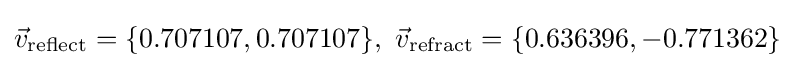
{\vec {v}}_{\mathrm {reflect} }=\{0.707107,0.707107\},~{\vec {v}}_{\mathrm {refract} }=\{0.636396,-0.771362\}